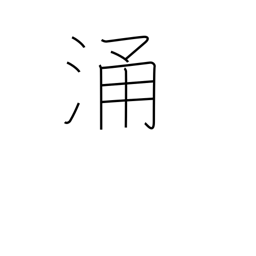
Meaning: seethe